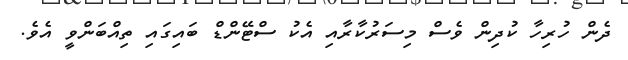
ދެން ހުރިހާ ކުދިން ވެސް މިސަރުކާރާއި އެކު ސްޓޭންޑް ބައިގައި ތިއްބަންވީ އެވެ.